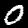
Digit: 0